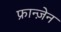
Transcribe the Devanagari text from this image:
फ्रान्ज़ेन